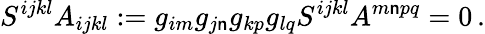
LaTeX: S^{ijkl}A_{ijkl}:=g_{im}g_{j\mathsf{n}}g_{kp}g_{lq}S^{ijkl}A^{m\mathsf{n}pq}=0\, .